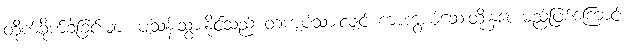
တိုက်ခိုက်ခဲ့ခြင်းများ ပျံသန်းသွားနိုင်သည် တကျပ်သားလျင် ကာကွယ်ဆေးထိုးနှံပေးမည်ဖြစ်ကြောင်း